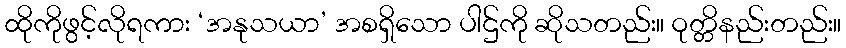
ထိုကိုဖွင့်လိုရကား ‘အနုသယာ’ အစရှိသော ပါဌ်ကို ဆိုသတည်း။ ဝုတ္တိနည်းတည်း။